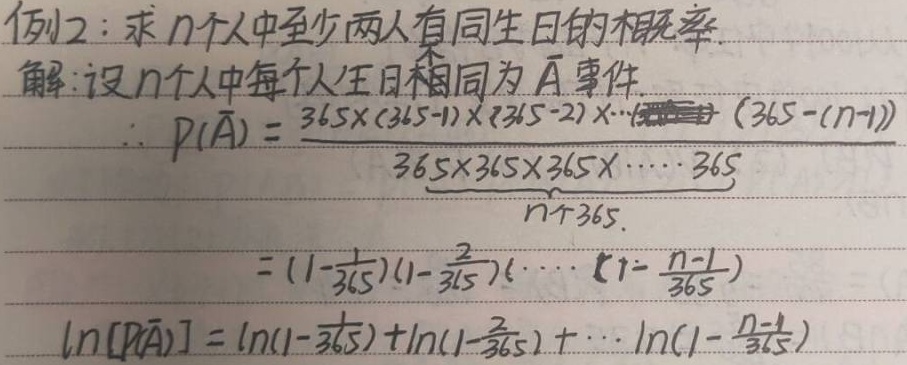
例2：求 \(n\) 个人中至少两人有同生日的概率。
解：设 \(n\) 个人中每个人生日都不同为 \(\overline{A}\) 事件。
\(\therefore P(\overline{A})=\frac{365\times(365 - 1)\times(365 - 2)\times\cdots\times(365-(n - 1))}{\underbrace{365\times365\times365\times\cdots\times365}_{n个365}}\)
\(=(1-\frac{1}{365})(1 - \frac{2}{365})\cdots(1-\frac{n - 1}{365})\)
\(\ln[P(\overline{A})]=\ln(1-\frac{1}{365})+\ln(1-\frac{2}{365})+\cdots+\ln(1-\frac{n - 1}{365})\)